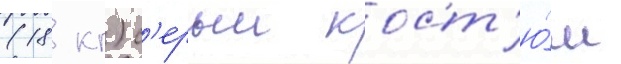
(18 кг) с'ерыи кост'ю́м